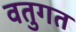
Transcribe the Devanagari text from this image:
वतुगत